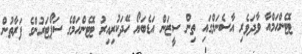
ޓޮޓެންހަމްއާ ވާދަވެރި އާސެނަލްގައި ތިން ސީޒަން އަޑެބަޔޯ ހޭދަކުރިއިރު ޓޮޓެންހަމްގެ ސަޕޯޓަރުންގެ ފަރާތުން